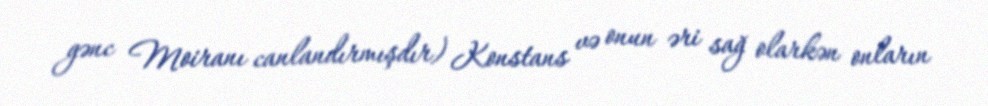
gənc Moiranı canlandırmışdır) Konstans və onun əri sağ olarkən onların